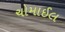
ચોમાઈલ